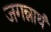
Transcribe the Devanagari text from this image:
जगन्नाथं